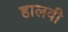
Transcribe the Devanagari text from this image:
हालवी